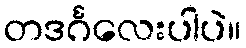
တဒင်္ဂလေးပါပဲ။